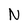
Character: N